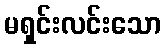
မရှင်းလင်းသော